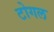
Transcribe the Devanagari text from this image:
टोगल